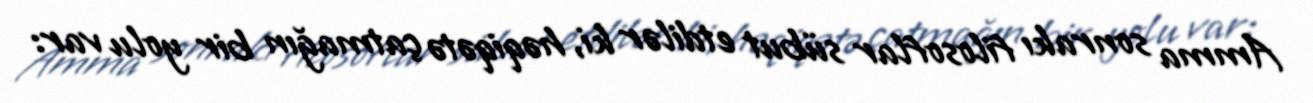
Amma sonrakı filosoflar sübut etdilər ki, həqiqətə çatmağın bir yolu var: